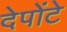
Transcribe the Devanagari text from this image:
देपोंटे